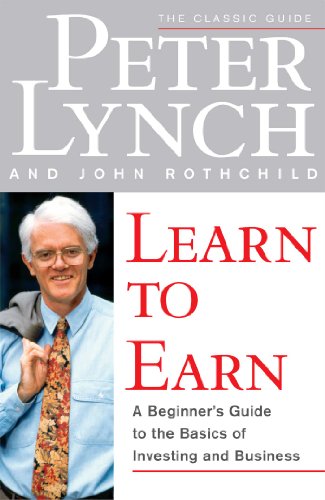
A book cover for Learn to Earn: A Beginner's Guide to the Basics of Investing and Business; Peter Lynch; Business & Money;